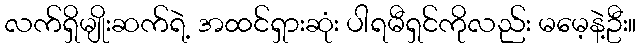
လက်ရှိမျိုးဆက်ရဲ့ အထင်ရှားဆုံး ပါရမီရှင်ကိုလည်း မမေ့နဲ့ဦး။